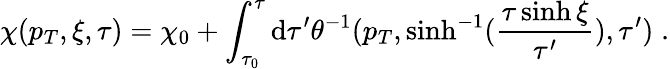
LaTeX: \chi(p_{T},\xi,\tau)=\chi_{0}+\int_{\tau_{0}}^{\tau}\mathrm{d}\tau^{\prime}\theta^{-1}(p_{T},\sinh^{-1}(\frac{{\tau\sinh\xi}}{{\tau^{\prime}}}),\tau^{\prime})\; .